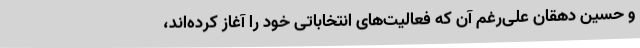
و حسین دهقان علی‌رغم آن که فعالیت‌های انتخاباتی خود را آغاز کرده‌اند،